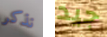
نذكر جيد